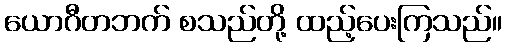
ယောဂီတဘက် စသည်တို့ ထည့်ပေးကြသည်။